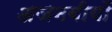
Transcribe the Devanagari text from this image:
अजनबीयों